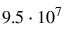
9 . 5 \cdot 1 0 ^ { 7 }